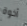
أخوة